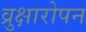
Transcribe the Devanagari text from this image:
व्रुक्षारोपन